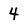
Character: 4